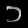
Digit: ၁